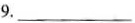
9.___